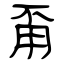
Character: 甭